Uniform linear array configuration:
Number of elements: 24
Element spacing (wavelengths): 1
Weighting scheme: exponential
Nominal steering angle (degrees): -30
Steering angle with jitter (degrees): -29.99
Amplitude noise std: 0.05
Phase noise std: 0.05

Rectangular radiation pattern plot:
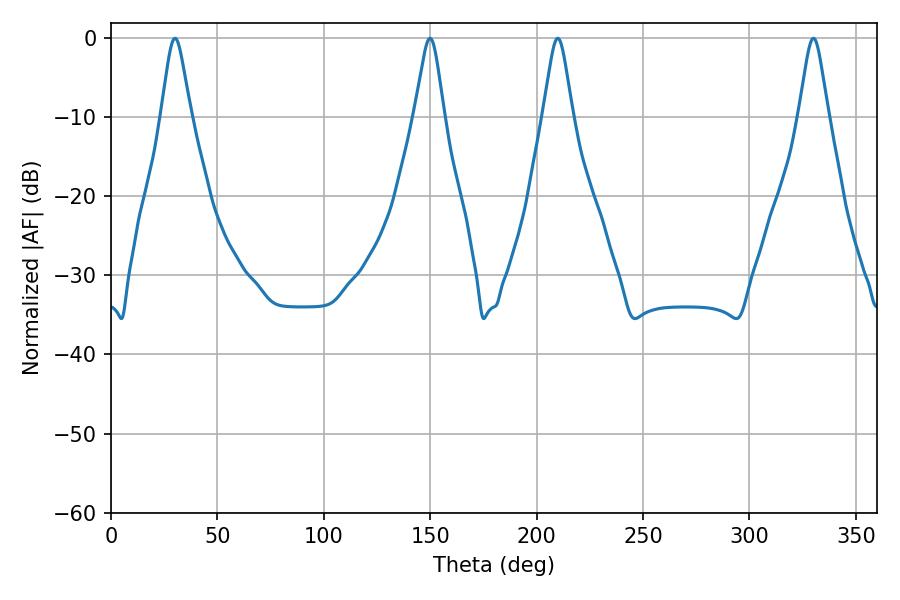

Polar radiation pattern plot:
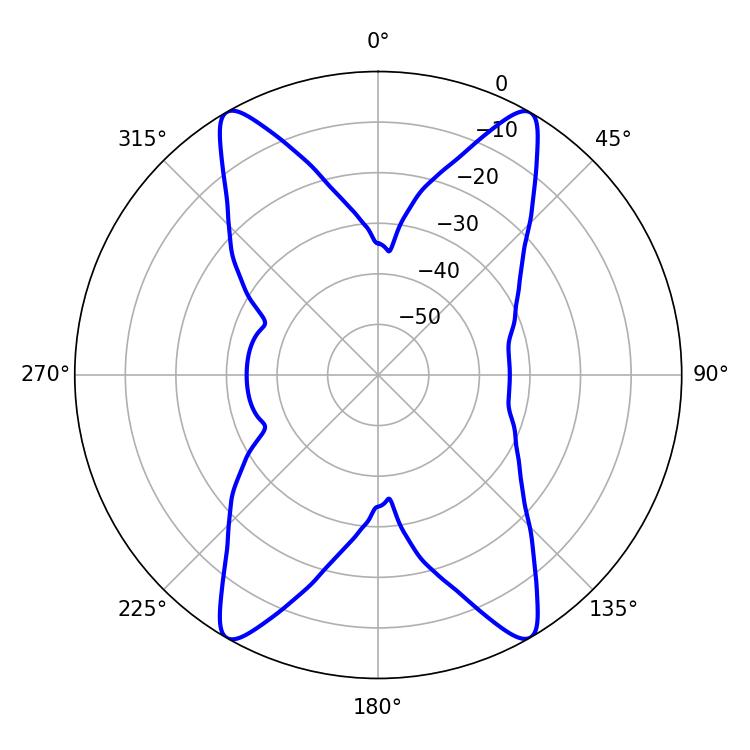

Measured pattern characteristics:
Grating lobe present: TRUE
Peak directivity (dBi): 28.465
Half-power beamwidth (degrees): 6.66
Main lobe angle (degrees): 30.06